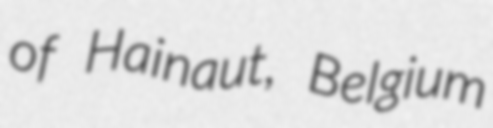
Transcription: of Hainaut, Belgium